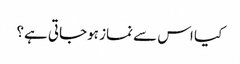
کیا اس سے نماز ہوجاتی ہے؟